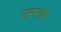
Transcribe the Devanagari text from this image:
उसगांव